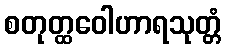
စတုတ္ထဝေါဟာရသုတ္တံ